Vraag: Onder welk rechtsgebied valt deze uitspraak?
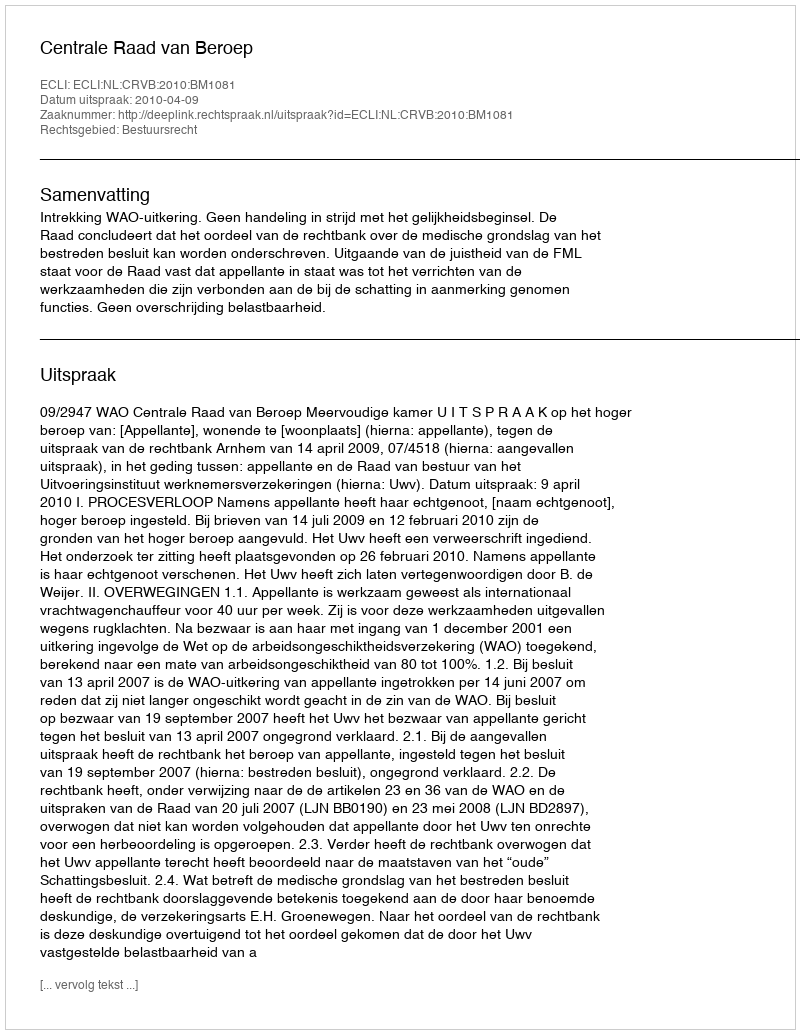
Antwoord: Bestuursrecht